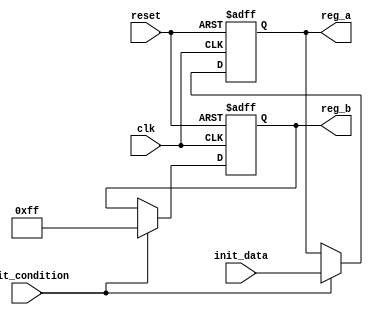
module conditional_initialization (
    input wire clk,                // Clock signal
    input wire reset,              // Asynchronous reset signal
    input wire init_condition,     // Control signal for initialization
    input wire [7:0] init_data,    // Data input for initialization
    output reg [7:0] reg_a,        // Initialized register A
    output reg [7:0] reg_b         // Initialized register B
);

    // Initialization Logic
    always @(posedge clk or posedge reset) begin
        if (reset) begin
            // Asynchronous reset: clear registers
            reg_a <= 8'b0;
            reg_b <= 8'b0;
        end else if (init_condition) begin
            // Conditional initialization
            reg_a <= init_data;      // Assign data to reg_a
            reg_b <= 8'hFF;          // Assign predefined value to reg_b
        end
        // If init_condition is not met, retain current values
    end

endmodule